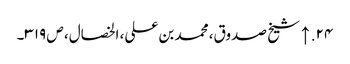
۲۴. ↑ شیخ صدوق، محمد بن علی، الخصال، ص ۳۱۹۔